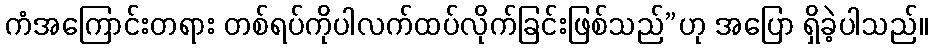
ကံအကြောင်းတရား တစ်ရပ်ကိုပါလက်ထပ်လိုက်ခြင်းဖြစ်သည်”ဟု အပြော ရှိခဲ့ပါသည်။